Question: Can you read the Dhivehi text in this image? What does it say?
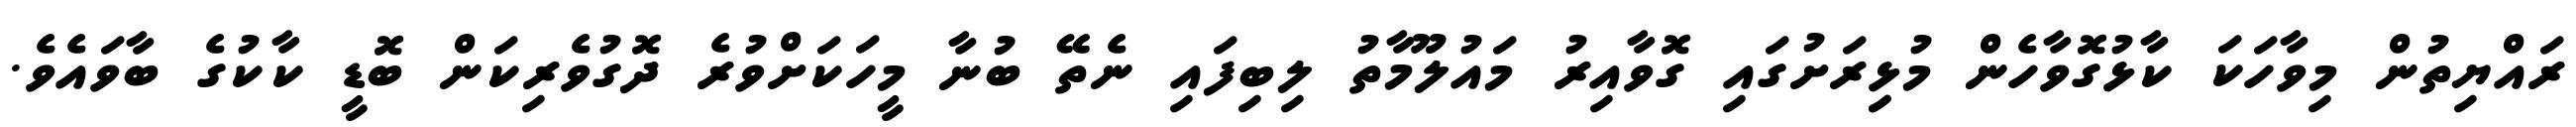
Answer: ރައްޔިތުން މިވާހަކަ ކާޅުގޮވާހެން މުޅިިރަށުގައި ގޮވާއިރު މައުލޫމާތު ލިބިފައި ނެތޭ ބުނާ މީހަކަށްވުރެ ދޮގުވެރިކަން ބޮޑީ ކާކުގެ ބާވައެވެ.